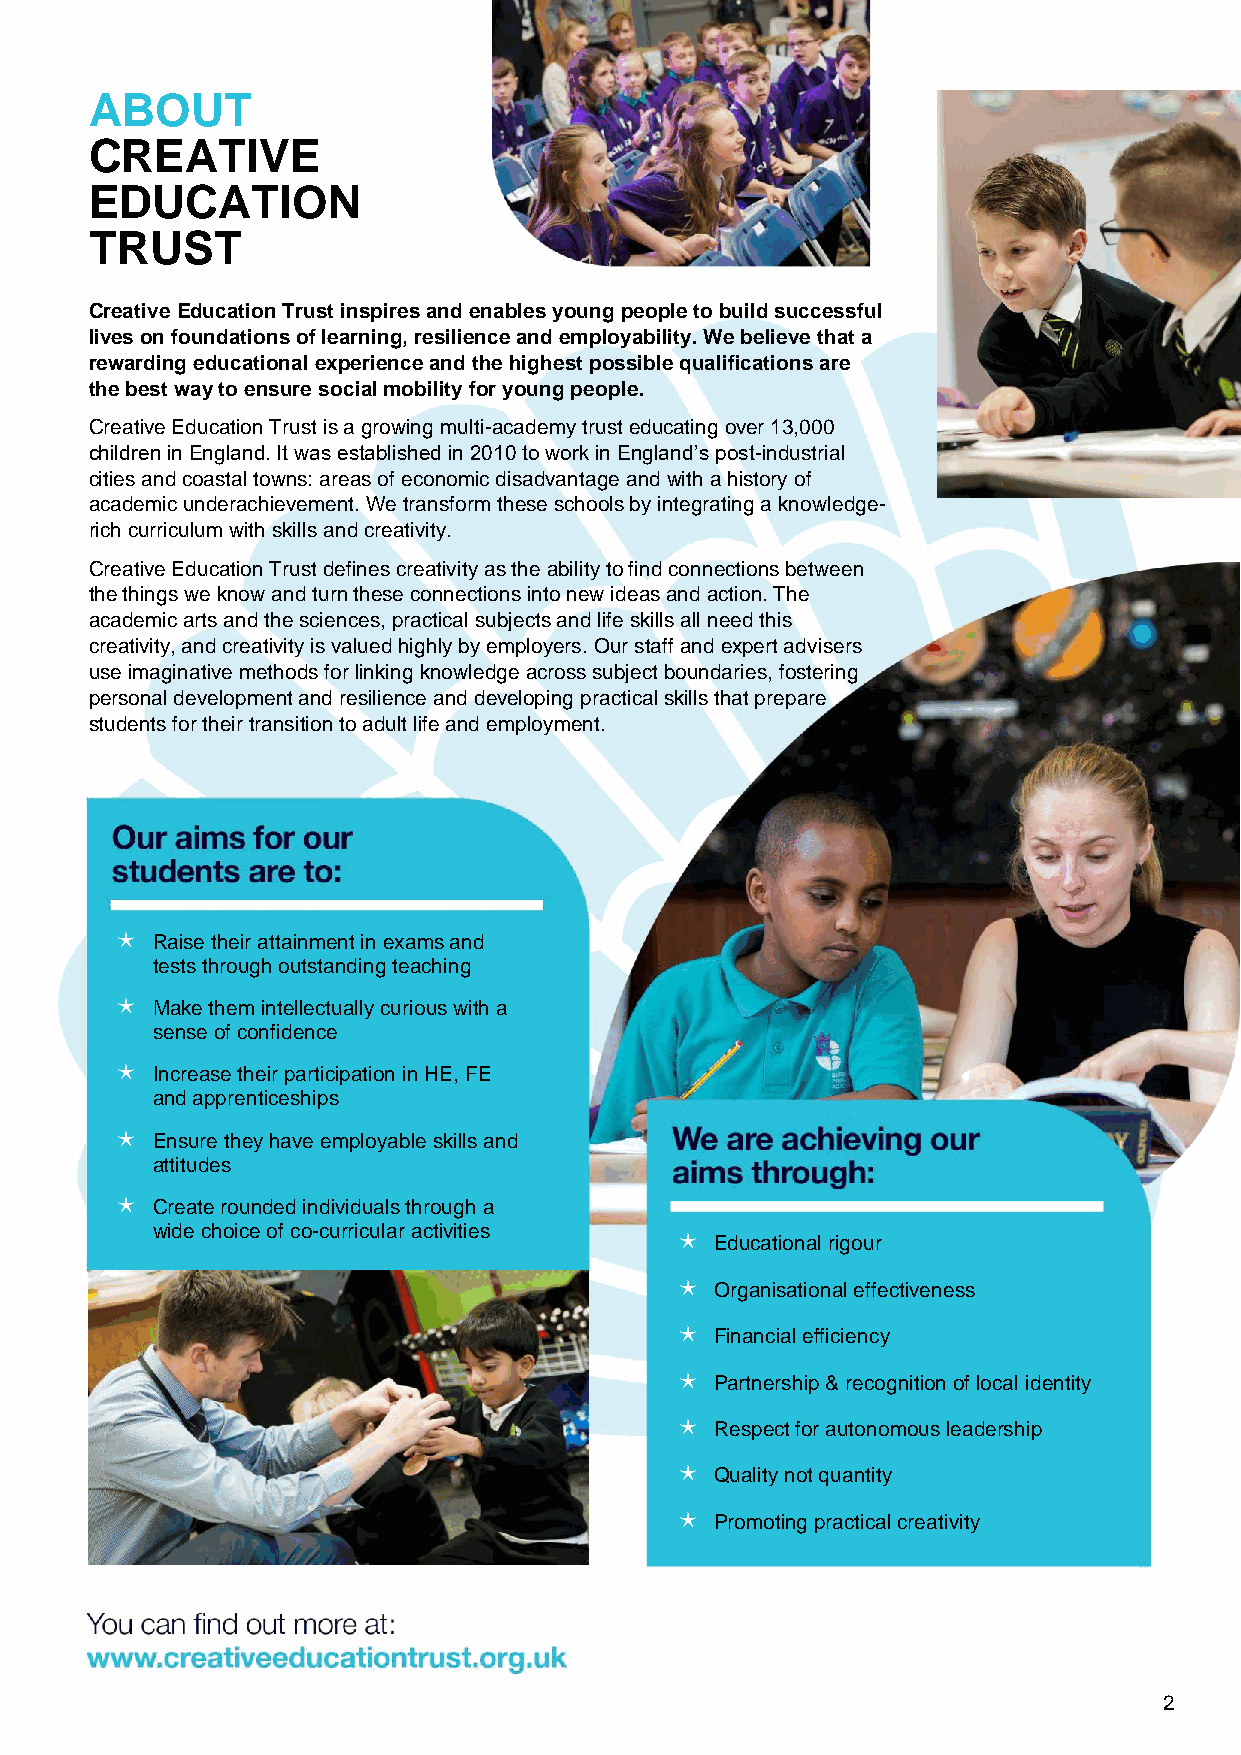
ABOUT
 CREATIVE
 EDUCATION
 TRUST
 Creative Education Trust inspires and enables young people to build successful
 lives on foundations of learning, resilience and employability. We believe that a
 rewarding educational experience and the highest possible qualifications are
 the best way to ensure social mobility for young people.
 Creative Education Trust is a growing multi-academy trust educating over 13,000
 children in England. It was established in 2010 to work in England’s post-industrial
 cities and coastal towns: areas of economic disadvantage and with a history of
 academic underachievement. We transform these schools by integrating a knowledge-
 rich curriculum with skills and creativity.
 Creative Education Trust defines creativity as the ability to find connections between
 the things we know and turn these connections into new ideas and action. The
 academic arts and the sciences, practical subjects and life skills all need this
 creativity, and creativity is valued highly by employers. Our staff and expert advisers
 use imaginative methods for linking knowledge across subject boundaries, fostering
 personal development and resilience and developing practical skills that prepare
 students for their transition to adult life and employment.
  Raise their attainment in exams and
 tests through outstanding teaching
  Make them intellectually curious with a
 sense of confidence
  Increase their participation in HE, FE
 and apprenticeships
  Ensure they have employable skills and
 attitudes
  Create rounded individuals through a
 wide choice of co-curricular activities
  Educational rigour
  Organisational effectiveness
  Financial efficiency
  Partnership & recognition of local identity
  Respect for autonomous leadership
  Quality not quantity
  Promoting practical creativity
 2